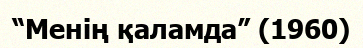
“Менің қаламда” (1960)